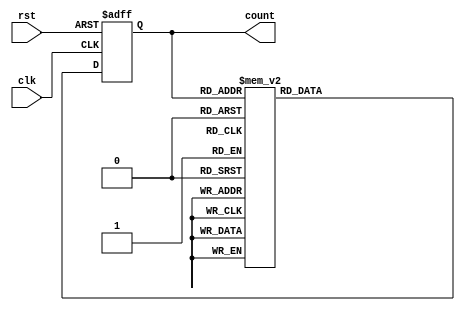
module gray_code_counter(
    input clk,
    input rst,
    output reg [3:0] count
);

reg [3:0] next_count;

always@(posedge clk or posedge rst) begin
    if(rst) begin
        count <= 4'b0000;
    end else begin
        count <= next_count;
    end
end

always@(*) begin
    case(count)
        4'b0000: next_count = 4'b0001;
        4'b0001: next_count = 4'b0011;
        4'b0011: next_count = 4'b0010;
        4'b0010: next_count = 4'b0110;
        4'b0110: next_count = 4'b0111;
        4'b0111: next_count = 4'b0101;
        4'b0101: next_count = 4'b0100;
        4'b0100: next_count = 4'b1100;
        4'b1100: next_count = 4'b1101;
        4'b1101: next_count = 4'b1111;
        4'b1111: next_count = 4'b1110;
        4'b1110: next_count = 4'b1010;
        4'b1010: next_count = 4'b1011;
        4'b1011: next_count = 4'b1001;
        4'b1001: next_count = 4'b1000;
        4'b1000: next_count = 4'b0000;
    endcase
end

endmodule